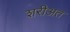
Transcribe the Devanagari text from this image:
शरीअत